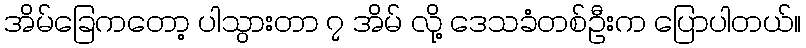
အိမ်ခြေကတော့ ပါသွားတာ ၇ အိမ် လို့ ဒေသခံတစ်ဦးက ပြောပါတယ်။